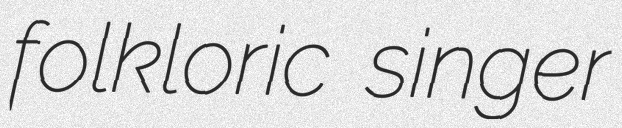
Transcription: folkloric singer